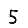
Digit: 5